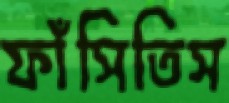
ফাঁসিতিস